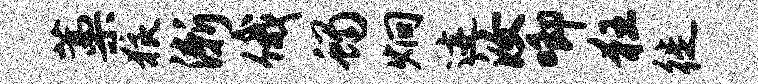
藁狼渐俄蝎炯迹汝唧狂徙